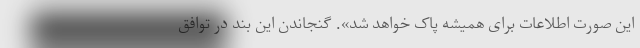
این صورت اطلاعات برای همیشه پاک خواهد شد». گنجاندن این بند در توافق